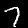
Digit: 7